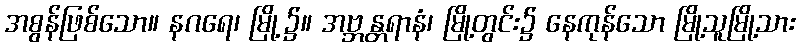
အစွန်ဖြစ်သော။ နဂရေ၊ မြို့၌။ အဗ္ဘန္တရာနံ၊ မြို့တွင်း၌ နေကုန်သော မြို့သူမြို့သား